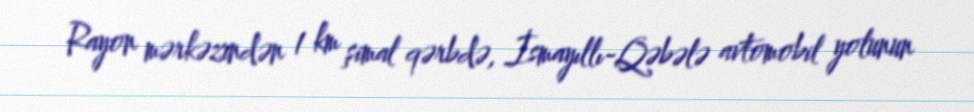
Rayon mərkəzindən 1 km şimal qərbdə, İsmayıllı-Qəbələ avtomobil yolunun